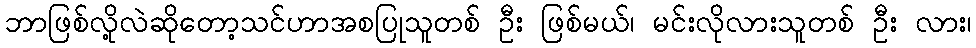
ဘာဖြစ်လို့လဲဆိုတော့သင်ဟာအစပြုသူတစ် ဦး ဖြစ်မယ်၊ မင်းလိုလားသူတစ် ဦး လား၊